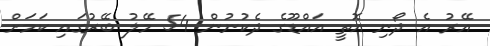
އޭރު އެ ދޯނި އޮތީ އައްޑޫގެ ދެކުނުން 54 މޭލު ބޭރުގައި ކަމަށް